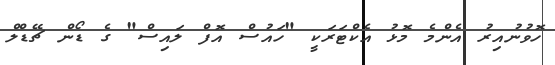
ހޮވުނުއިރު އެންމެ މޮޅު އެކްޓަރަކީ "ހައުސް އޮފް ލައިސް" ގެ ޑޯން ޗޭޑްލް